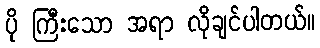
ပို ကြီးသော အရာ လိုချင်ပါတယ်။